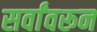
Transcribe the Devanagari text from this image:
सर्वांवरून